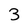
Character: 3